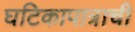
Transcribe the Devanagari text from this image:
घटिकापात्राची